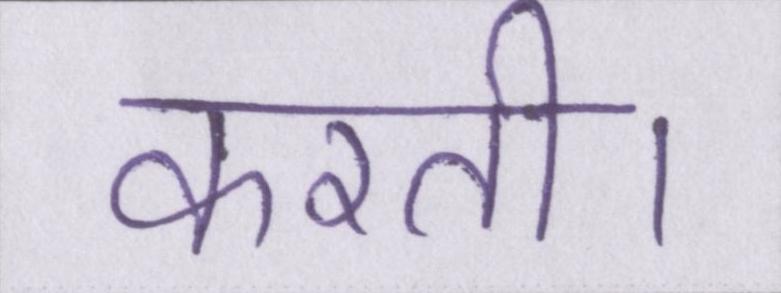
करती।